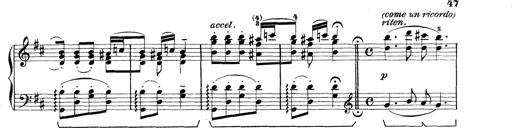
Title: Rapsodie: 19 ungheresi, 1 spagnuola
Composer: Franz Liszt